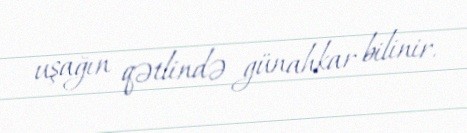
uşağın qətlində günahkar bilinir.